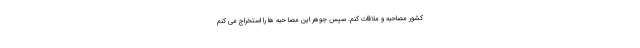
کشور مصاحبه و ملاقات کنم. سپس جوهر این مصا حبه ها را استخراج می کنم